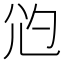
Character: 尦